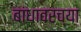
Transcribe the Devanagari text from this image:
बांधावरच्या